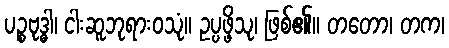
ပဉ္စဗုဒ္ဓါ၊ ငါးဆူဘုရားဝသုံ။ ဥပ္ပဖ္ဖိသု၊ ဖြစ်၏။ တတော၊ တက၊